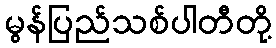
မွန်ပြည်သစ်ပါတီတို့